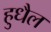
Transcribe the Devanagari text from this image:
हुधैल